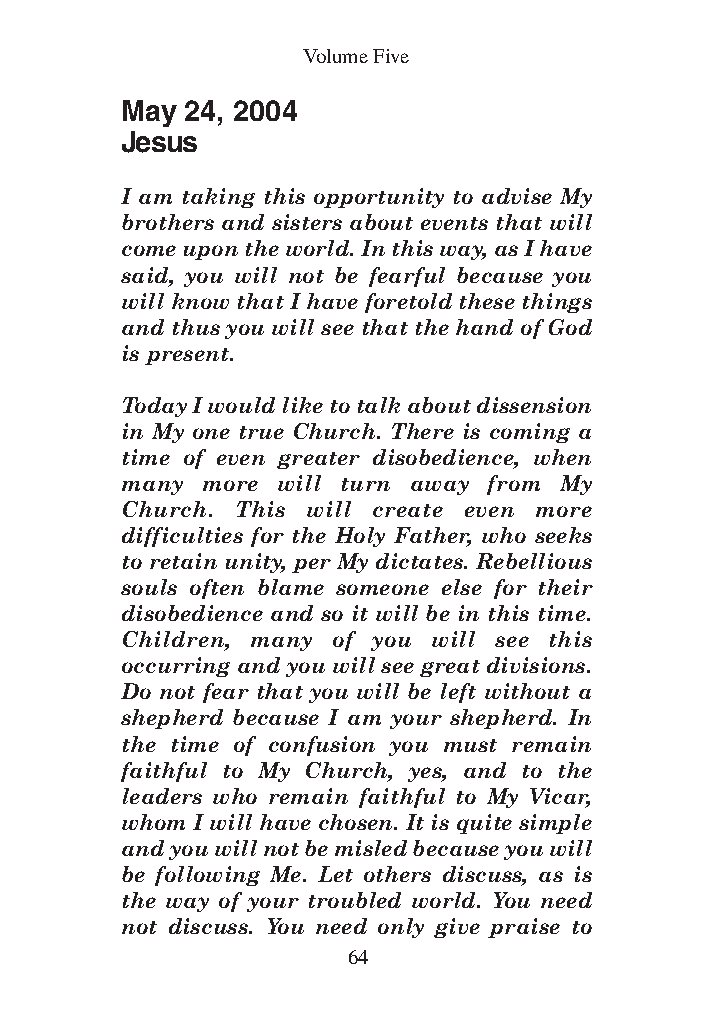
DFOT Vol 5 No App_1 12/3/13 8:54 PM Page 64
 Volume Five
 May 24, 2004
 Jesus
 I am taking this opportunity to advise My
 brothers and sisters about events that will
 come upon the world. In this way, as I have
 said, you will not be fearful because you
 will know that I have foretold these things
 and thus you will see that the hand of God
 is present.
 Today I would like to talk about dissension
 in My one true Church. There is coming a
 time of even greater disobedience, when
 many more will turn away from My
 Church. This will create even more
 difficulties for the Holy Father, who seeks
 to retain unity, per My dictates. Rebellious
 souls often blame someone else for their
 disobedience and so it will be in this time.
 Children, many of you will see this
 occurring and you will see great divisions.
 Do not fear that you will be left without a
 shepherd because I am your shepherd. In
 the time of confusion you must remain
 faithful to My Church, yes, and to the
 leaders who remain faithful to My Vicar,
 whom I will have chosen. It is quite simple
 and you will not be misled because you will
 be following Me. Let others discuss, as is
 the way of your troubled world. You need
 not discuss. You need only give praise to
 64